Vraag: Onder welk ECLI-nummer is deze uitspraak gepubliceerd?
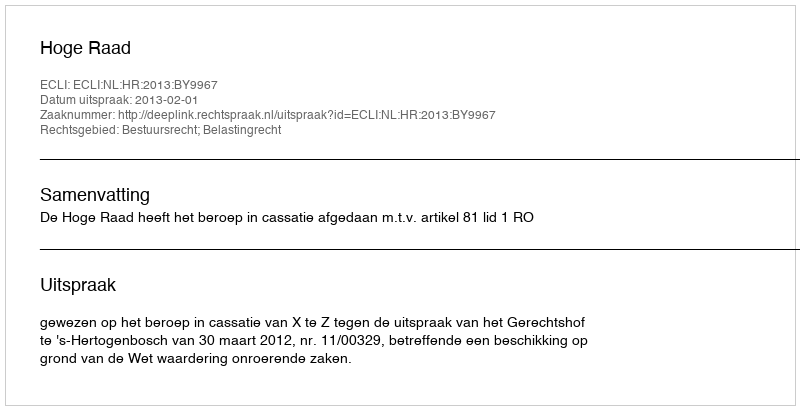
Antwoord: ECLI:NL:HR:2013:BY9967